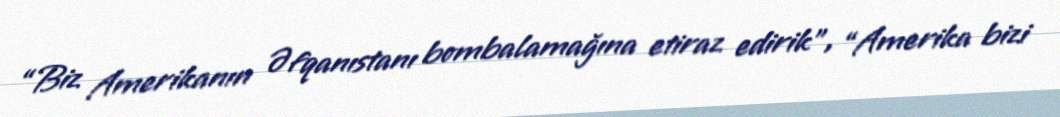
“Biz Amerikanın Əfqanıstanı bombalamağına etiraz edirik”, “Amerika bizi